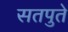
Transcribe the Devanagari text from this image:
सतपुते